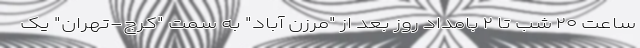
ساعت ۲۰ شب تا ۲ بامداد روز بعد از "مرزن آباد" به سمت "کرج-تهران" یک